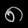
Digit: ၈